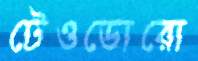
টেওডোরো